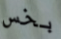
بخس